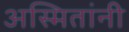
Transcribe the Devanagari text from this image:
अस्मितांनी